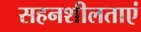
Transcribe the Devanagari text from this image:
सहनशीलताएं